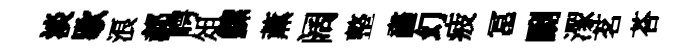
淡歇浪郝崿俎鰥薰阔整畵幻疲冨劂潈茗荅